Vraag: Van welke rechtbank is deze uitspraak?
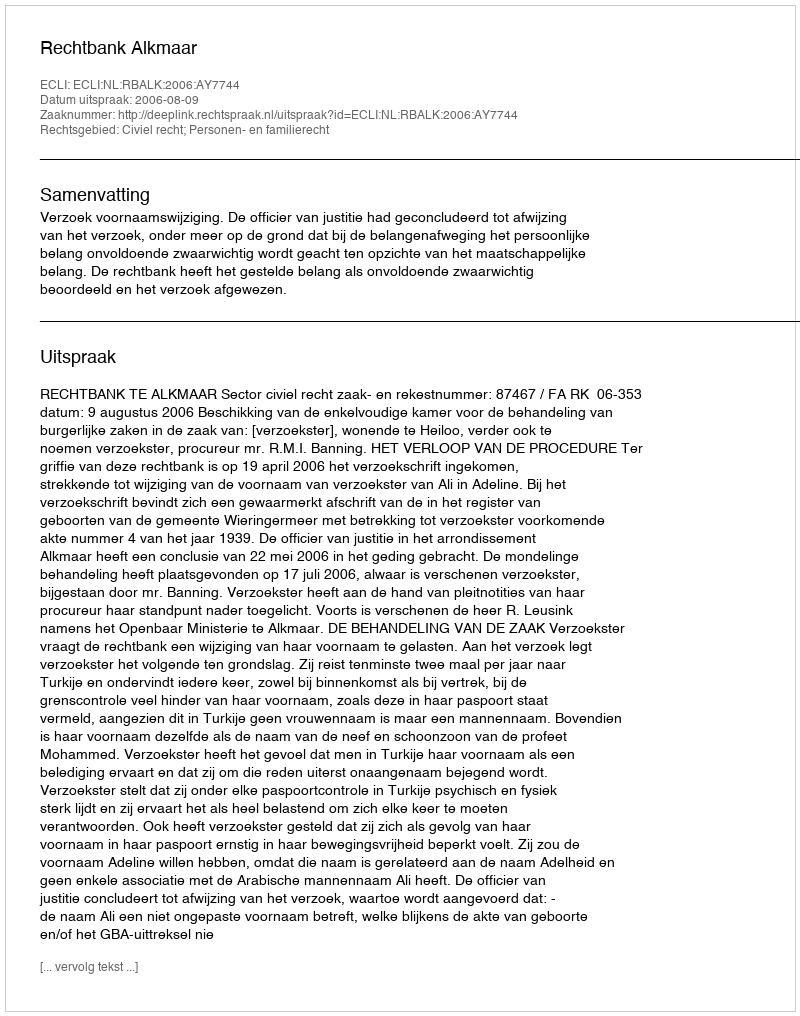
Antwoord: Rechtbank Alkmaar